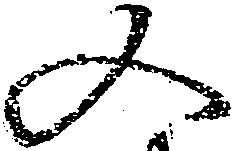
又